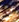
لن